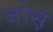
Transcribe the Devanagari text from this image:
जोस़